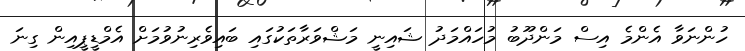
ހުންނަވާ އެންމެ އިސް މަންދޫބު މުހައްމަދު ޝައިނީ މަޝްވަރާތަކުގައި ބައިވެރިނުވުމަށް އެމްޑީޕީއިން ގިނަ